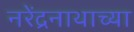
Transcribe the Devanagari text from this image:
नरेंद्रनाथाच्या